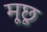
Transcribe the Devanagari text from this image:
मूछू